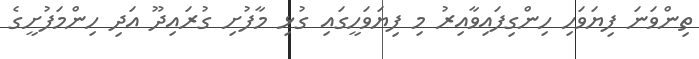
ތިންވަނަ ފިޔަވަހި ހިންގިފައިވާއިރު މި ފިޔަވަހީގައި ގުޅި މާފުށި ގުރައިދޫ އަދި ހިންމަފުށީގެ